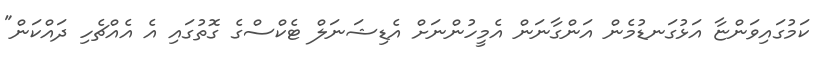
ކަމުގައިވަންޏާ އަޅުގަނޑުމެން އަންގާނަން އެމީހުންނަށް އެޑިޝަނަލް ޓެކްސްގެ ގޮތުގައި އެ އެއްޗެހި ދައްކަން"